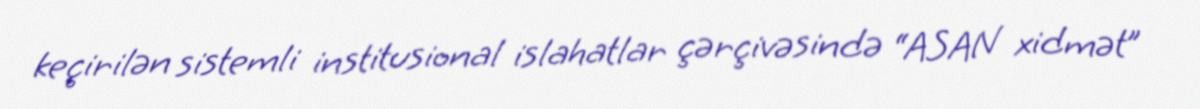
keçirilən sistemli institusional islahatlar çərçivəsində “ASAN xidmət”